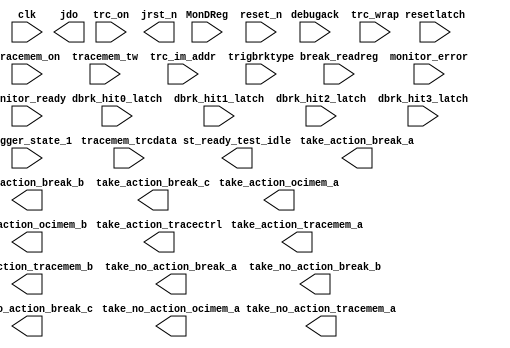
module cpu_0_jtag_debug_module_wrapper (
                                         // inputs:
                                          MonDReg,
                                          break_readreg,
                                          clk,
                                          dbrk_hit0_latch,
                                          dbrk_hit1_latch,
                                          dbrk_hit2_latch,
                                          dbrk_hit3_latch,
                                          debugack,
                                          monitor_error,
                                          monitor_ready,
                                          reset_n,
                                          resetlatch,
                                          tracemem_on,
                                          tracemem_trcdata,
                                          tracemem_tw,
                                          trc_im_addr,
                                          trc_on,
                                          trc_wrap,
                                          trigbrktype,
                                          trigger_state_1,

                                         // outputs:
                                          jdo,
                                          jrst_n,
                                          st_ready_test_idle,
                                          take_action_break_a,
                                          take_action_break_b,
                                          take_action_break_c,
                                          take_action_ocimem_a,
                                          take_action_ocimem_b,
                                          take_action_tracectrl,
                                          take_action_tracemem_a,
                                          take_action_tracemem_b,
                                          take_no_action_break_a,
                                          take_no_action_break_b,
                                          take_no_action_break_c,
                                          take_no_action_ocimem_a,
                                          take_no_action_tracemem_a
                                       )
;

  output  [ 37: 0] jdo;
  output           jrst_n;
  output           st_ready_test_idle;
  output           take_action_break_a;
  output           take_action_break_b;
  output           take_action_break_c;
  output           take_action_ocimem_a;
  output           take_action_ocimem_b;
  output           take_action_tracectrl;
  output           take_action_tracemem_a;
  output           take_action_tracemem_b;
  output           take_no_action_break_a;
  output           take_no_action_break_b;
  output           take_no_action_break_c;
  output           take_no_action_ocimem_a;
  output           take_no_action_tracemem_a;
  input   [ 31: 0] MonDReg;
  input   [ 31: 0] break_readreg;
  input            clk;
  input            dbrk_hit0_latch;
  input            dbrk_hit1_latch;
  input            dbrk_hit2_latch;
  input            dbrk_hit3_latch;
  input            debugack;
  input            monitor_error;
  input            monitor_ready;
  input            reset_n;
  input            resetlatch;
  input            tracemem_on;
  input   [ 35: 0] tracemem_trcdata;
  input            tracemem_tw;
  input   [  6: 0] trc_im_addr;
  input            trc_on;
  input            trc_wrap;
  input            trigbrktype;
  input            trigger_state_1;

  wire    [ 37: 0] jdo;
  wire             jrst_n;
  wire             st_ready_test_idle;
  wire             take_action_break_a;
  wire             take_action_break_b;
  wire             take_action_break_c;
  wire             take_action_ocimem_a;
  wire             take_action_ocimem_b;
  wire             take_action_tracectrl;
  wire             take_action_tracemem_a;
  wire             take_action_tracemem_b;
  wire             take_no_action_break_a;
  wire             take_no_action_break_b;
  wire             take_no_action_break_c;
  wire             take_no_action_ocimem_a;
  wire             take_no_action_tracemem_a;

//synthesis translate_off
//////////////// SIMULATION-ONLY CONTENTS
  cpu_0_jtag_debug_module the_cpu_0_jtag_debug_module
    (
      .MonDReg                   (MonDReg),
      .break_readreg             (break_readreg),
      .clk                       (clk),
      .clrn                      (reset_n),
      .dbrk_hit0_latch           (dbrk_hit0_latch),
      .dbrk_hit1_latch           (dbrk_hit1_latch),
      .dbrk_hit2_latch           (dbrk_hit2_latch),
      .dbrk_hit3_latch           (dbrk_hit3_latch),
      .debugack                  (debugack),
      .ena                       (1'b0),
      .ir_in                     (2'b0),
      .ir_out                    (),
      .irq                       (),
      .jdo                       (jdo),
      .jrst_n                    (jrst_n),
      .jtag_state_udr            (1'b0),
      .monitor_error             (monitor_error),
      .monitor_ready             (monitor_ready),
      .raw_tck                   (1'b0),
      .reset_n                   (reset_n),
      .resetlatch                (resetlatch),
      .rti                       (1'b0),
      .shift                     (1'b0),
      .st_ready_test_idle        (st_ready_test_idle),
      .take_action_break_a       (take_action_break_a),
      .take_action_break_b       (take_action_break_b),
      .take_action_break_c       (take_action_break_c),
      .take_action_ocimem_a      (take_action_ocimem_a),
      .take_action_ocimem_b      (take_action_ocimem_b),
      .take_action_tracectrl     (take_action_tracectrl),
      .take_action_tracemem_a    (take_action_tracemem_a),
      .take_action_tracemem_b    (take_action_tracemem_b),
      .take_no_action_break_a    (take_no_action_break_a),
      .take_no_action_break_b    (take_no_action_break_b),
      .take_no_action_break_c    (take_no_action_break_c),
      .take_no_action_ocimem_a   (take_no_action_ocimem_a),
      .take_no_action_tracemem_a (take_no_action_tracemem_a),
      .tdi                       (1'b0),
      .tdo                       (),
      .tracemem_on               (tracemem_on),
      .tracemem_trcdata          (tracemem_trcdata),
      .tracemem_tw               (tracemem_tw),
      .trc_im_addr               (trc_im_addr),
      .trc_on                    (trc_on),
      .trc_wrap                  (trc_wrap),
      .trigbrktype               (trigbrktype),
      .trigger_state_1           (trigger_state_1),
      .update                    (1'b0),
      .usr1                      (1'b0)
    );


//////////////// END SIMULATION-ONLY CONTENTS

//synthesis translate_on
//synthesis read_comments_as_HDL on
//  cpu_0_jtag_debug_module the_cpu_0_jtag_debug_module1
//    (
//      .MonDReg                   (MonDReg),
//      .break_readreg             (break_readreg),
//      .clk                       (clk),
//      .clrn                      (),
//      .dbrk_hit0_latch           (dbrk_hit0_latch),
//      .dbrk_hit1_latch           (dbrk_hit1_latch),
//      .dbrk_hit2_latch           (dbrk_hit2_latch),
//      .dbrk_hit3_latch           (dbrk_hit3_latch),
//      .debugack                  (debugack),
//      .ena                       (),
//      .ir_in                     (),
//      .ir_out                    (),
//      .irq                       (),
//      .jdo                       (jdo),
//      .jrst_n                    (jrst_n),
//      .jtag_state_udr            (),
//      .monitor_error             (monitor_error),
//      .monitor_ready             (monitor_ready),
//      .raw_tck                   (),
//      .reset_n                   (reset_n),
//      .resetlatch                (resetlatch),
//      .rti                       (),
//      .shift                     (),
//      .st_ready_test_idle        (st_ready_test_idle),
//      .take_action_break_a       (take_action_break_a),
//      .take_action_break_b       (take_action_break_b),
//      .take_action_break_c       (take_action_break_c),
//      .take_action_ocimem_a      (take_action_ocimem_a),
//      .take_action_ocimem_b      (take_action_ocimem_b),
//      .take_action_tracectrl     (take_action_tracectrl),
//      .take_action_tracemem_a    (take_action_tracemem_a),
//      .take_action_tracemem_b    (take_action_tracemem_b),
//      .take_no_action_break_a    (take_no_action_break_a),
//      .take_no_action_break_b    (take_no_action_break_b),
//      .take_no_action_break_c    (take_no_action_break_c),
//      .take_no_action_ocimem_a   (take_no_action_ocimem_a),
//      .take_no_action_tracemem_a (take_no_action_tracemem_a),
//      .tdi                       (),
//      .tdo                       (),
//      .tracemem_on               (tracemem_on),
//      .tracemem_trcdata          (tracemem_trcdata),
//      .tracemem_tw               (tracemem_tw),
//      .trc_im_addr               (trc_im_addr),
//      .trc_on                    (trc_on),
//      .trc_wrap                  (trc_wrap),
//      .trigbrktype               (trigbrktype),
//      .trigger_state_1           (trigger_state_1),
//      .update                    (),
//      .usr1                      ()
//    );
//
//synthesis read_comments_as_HDL off

endmodule